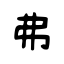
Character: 弗